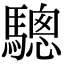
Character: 驄